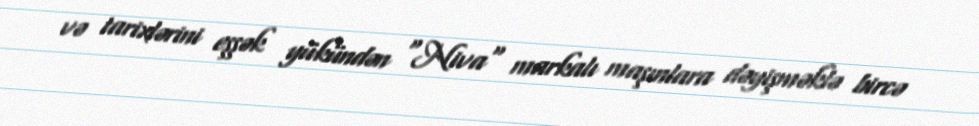
və tarixlərini eşşək yükündən "Niva" markalı maşınlara dəyişməklə bircə